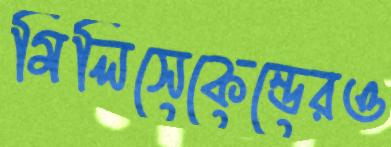
মিলিসেকেন্ডেরও